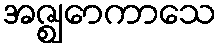
အဇ္ဈောကာသေ